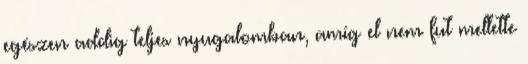
egészen addig teljes nyugalomban, amíg el nem fut mellette